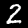
Label: 2